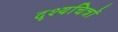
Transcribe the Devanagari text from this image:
दृश्यचित्रों